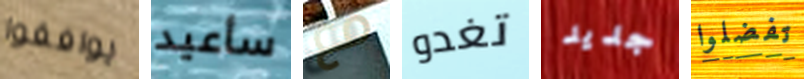
يوافقوا سأعيد مع تغدو جديد تفضلوا